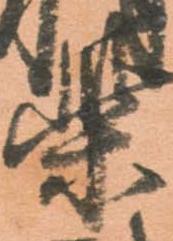
柴